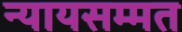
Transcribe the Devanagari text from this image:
न्यायसम्मत